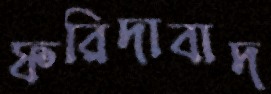
ফরিদাবাদ